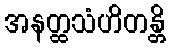
အနတ္ထသံဟိတန္တိ